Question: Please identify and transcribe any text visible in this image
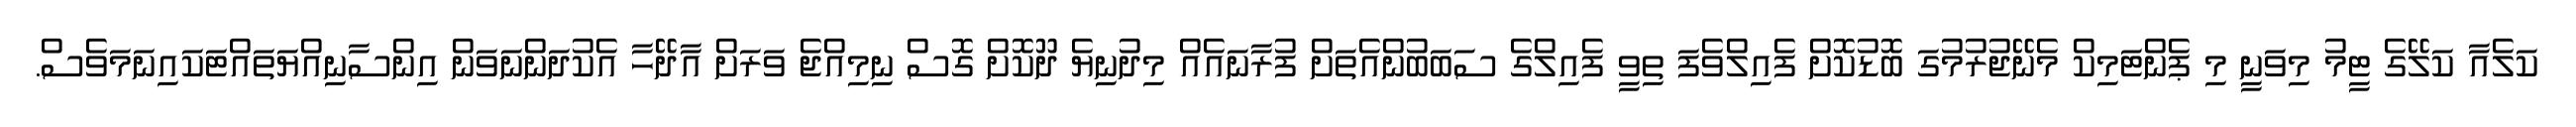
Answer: ކަލެއާ ކަލޭގެ ޓީމު މިވަނީ މި ޕެންޓަމިކް މެނޭޖުރުމުގަ ބޮޑުކޮށް ފެއިލްވެފަ ތިވީ ފެއިލްގެ ސަބަބުންއެތަށް ފުރާނައެއް މިދުނިޔެ ދޫކޮށް ގޮސް ނިމިއްޖެ ވަރަށް އާދޭހާ އެކުދަންނަވަން އިންސާނިއްޔަތައްޓަކައިނަމަވެސް.